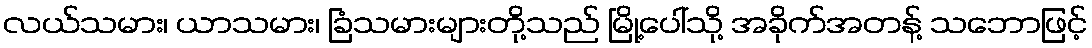
လယ်သမား၊ ယာသမား၊ ခြံသမားများတို့သည် မြို့ပေါ်သို့ အခိုက်အတန့် သဘောဖြင့်